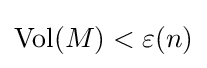
{\rm {Vol}}(M)<\varepsilon (n)